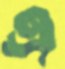
এ